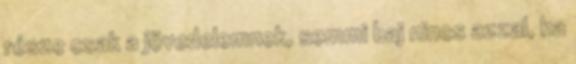
része csak a jövedelemnek, semmi baj nincs azzal, ha